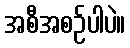
အစီအစဉ်ပါပဲ။